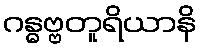
ဂန္ဓဗ္ဗတူရိယာနိ